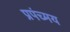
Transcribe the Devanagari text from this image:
प्रपंच्मय